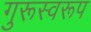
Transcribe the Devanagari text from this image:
गुरूस्वरूप